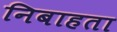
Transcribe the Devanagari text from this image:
निबाहता